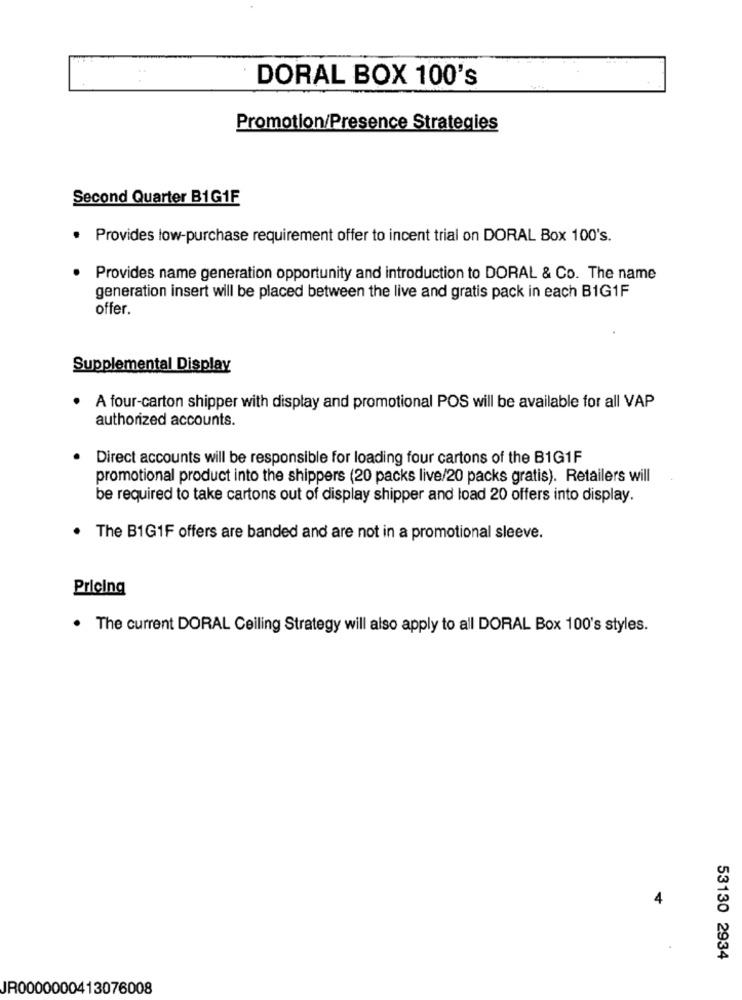
DORAL BOX 100's
Promotion/Presence Strategies
Second Quarter B1G1F
Provides low-purchase requirement offer to incent trial on DORAL Box 100's.
Provides name generation opportunity and introduction to DORAL & Co. The name
generation insert will be placed between the live and gratis pack in each BIG1F
offer.
Supplemental Display
A four-carton shipper with display and promotional POS will be available for all VAP
authorized accounts.
Direct accounts will be responsible for loading four cartons of the BIG1F
promotional product into the shippers (20 packs live/20 packs gratis). Retailers will
be required to take cartons out of display shipper and load 20 offers into display.
The B1G1F offers are banded and are not in a promotional sleeve.
Pricing
. The current DORAL Ceiling Strategy will also apply to all DORAL Box 100's styles.
4
53130 2934
JR0000000413076008